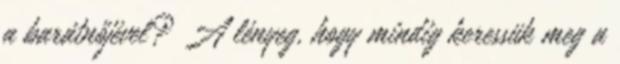
a barátnőjével? A lényeg, hogy mindig keressük meg a